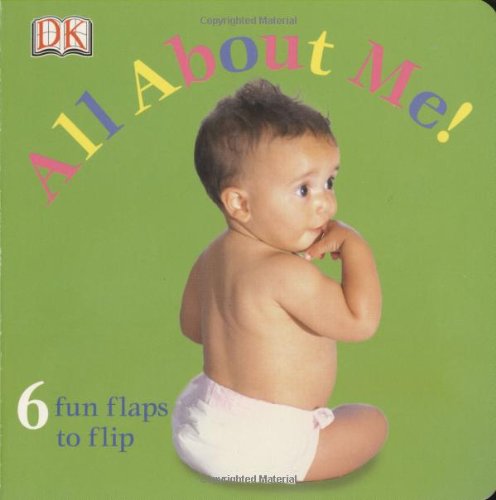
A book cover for All About Me! (Fun Flaps); DK Publishing; Children's Books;